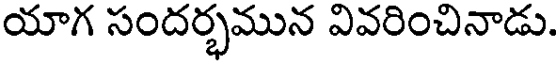
యాగ సందర్భమున వివరించినాడు.